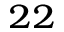
^ { 2 2 }